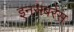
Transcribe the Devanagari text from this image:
इनसबरेस